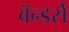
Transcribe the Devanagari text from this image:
वॅन्डर्से